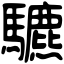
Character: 䮽